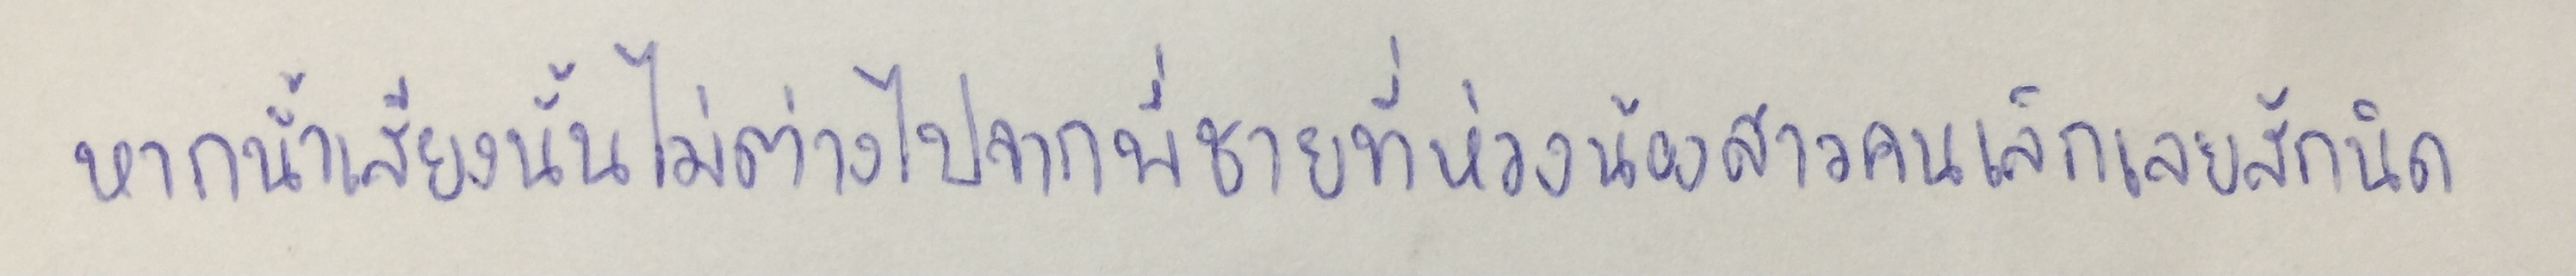
หากน้ำเสียงนั้นไม่ต่างไปจากพี่ชายที่ห่วงน้องสาวคนเล็กเลยสักนิด